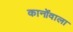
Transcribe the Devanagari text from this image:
कानोंवाला